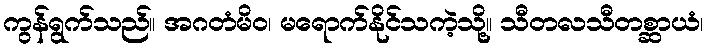
ကွန်ရွက်သည်။ အဂတံမိဝ၊ မရောက်နိုင်သကဲ့သို့။ သီတလသီတစ္ဆာယံ၊